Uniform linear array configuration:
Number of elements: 48
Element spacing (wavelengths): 0.75
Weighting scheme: blackman
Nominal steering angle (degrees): -60
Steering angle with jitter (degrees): -60.871
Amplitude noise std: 0.05
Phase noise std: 0.05

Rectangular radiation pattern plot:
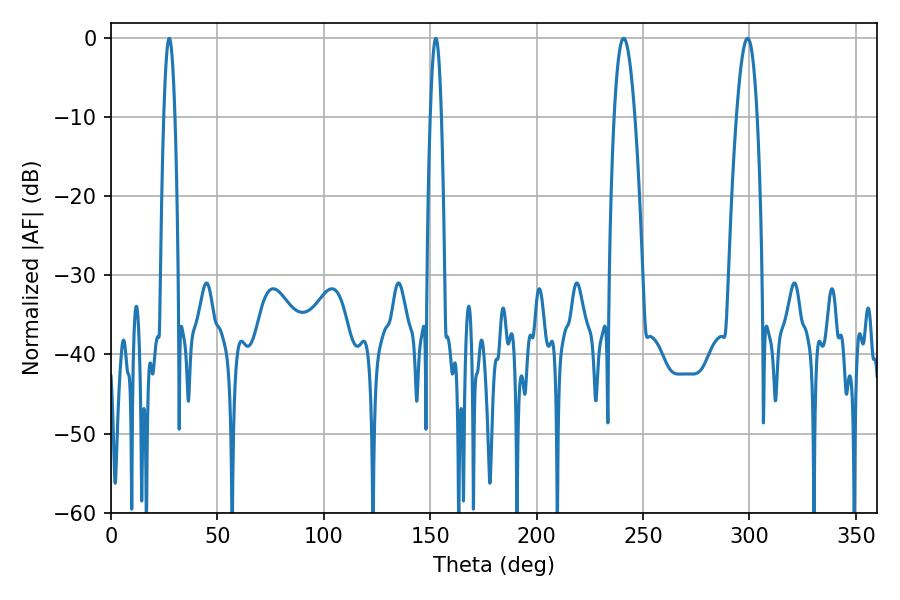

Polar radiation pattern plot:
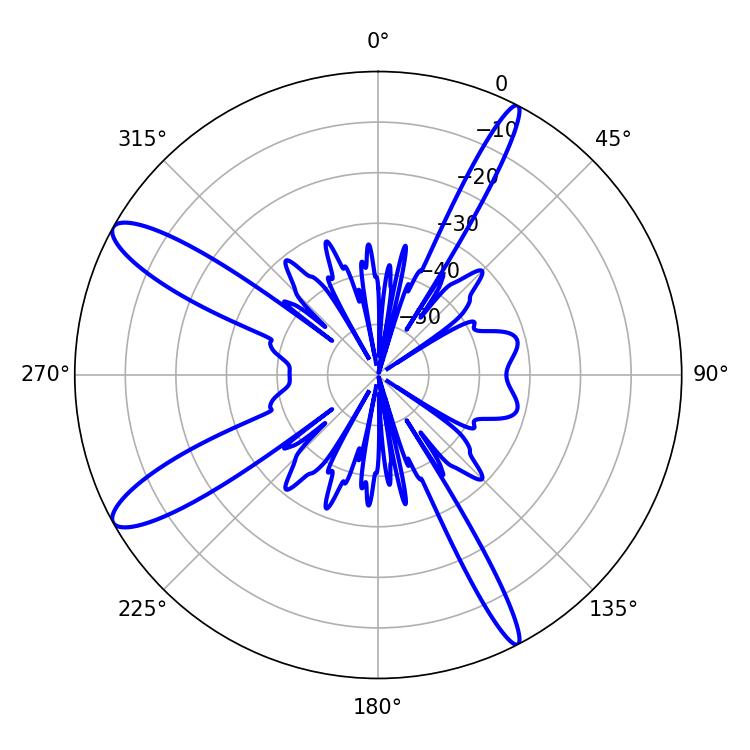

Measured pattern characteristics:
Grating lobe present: TRUE
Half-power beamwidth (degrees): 2.88
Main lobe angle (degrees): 27.36